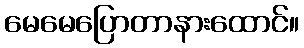
မေမေပြောတာနားထောင်။